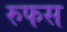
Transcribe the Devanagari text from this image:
रुफस